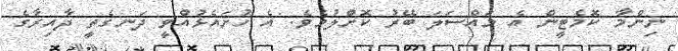
ނިންމާ ކޮމެޓީން އެ މައްސަލަ ބޭރު ކޮށްލުމެވެ. އެ ހުށައެޅުއްވީ ދަނގެތީ ދާއިރާގެ